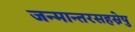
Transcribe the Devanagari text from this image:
जन्मान्तरसहस्रेषु